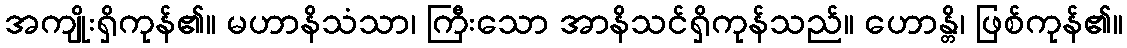
အကျိုးရှိကုန်၏။ မဟာနိသံသာ၊ ကြီးသော အာနိသင်ရှိကုန်သည်။ ဟောန္တိ၊ ဖြစ်ကုန်၏။